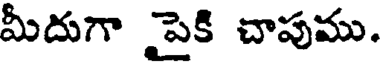
మీదుగా పైకి చాపుము.